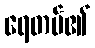
ရေတပ်၏